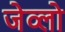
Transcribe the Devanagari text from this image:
जेव्लो